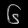
Digit: ၆